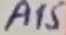
Text: A15